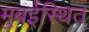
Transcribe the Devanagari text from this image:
मुबईस्थित